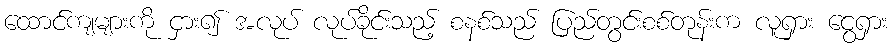
ထောင်ကျများကို ငှား၍ အလုပ် လုပ်ခိုင်းသည့် စနစ်သည် ပြည်တွင်းစစ်တုန်းက လူရှား ငွေရှား